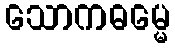
သောကဓမ္မေ